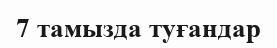
7 тамызда туғандар